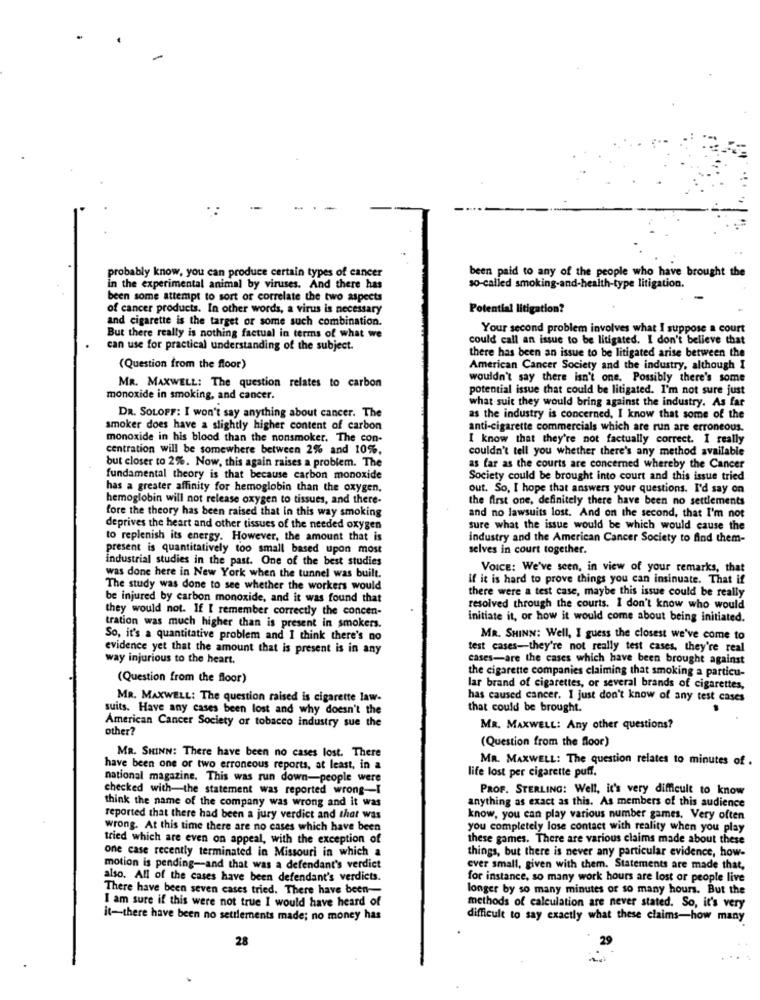
probably know, you can produce certain types of cancer
been paid to any of the people who have brought the
in the experimental animal by viruses. And there has
so-called smoking-and-health-type litigation.
been some attempt to sort of correlate the two aspects
of cancer products. In other words, a virus is necessary
Potential litigation?
and cigarette is the target or some such combination.
Your second problem involves what I suppose a court
But there really is nothing factual in terms of what we
could call an issue to be litigated. I don't believe that
can use for practical understanding of the subject.
there has been an issue to be litigated arise between the
(Question from the floor)
American Cancer Society and the industry, although I
wouldn't say there isn't one. Possibly there's some
MR. MAXWELL: The question relates to carbon
potential issue that could be litigated. I'm not sure just
monoxide in smoking, and cancer.
what suit they would bring against the industry. As far
DR. SOLOPF: I won't say anything about cancer. The
as the industry is concerned, I know that some of the
smoker does have a slightly higher content of carbon
anti-cigarette commercials which are run are erroneous.
monoxide in his blood than the nonsmoker. The con-
I know that they're not factually correct. I really
centration will be somewhere between 2% and 10%.
couldn't tell you whether there's any method available
but closer to 2%. Now, this again raises a problem. The
as far as the courts are concerned whereby the Cancer
fundamental theory is that because carbon monoxide
Society could be brought into court and this issue tried
has a greater affinity for hemoglobin than the oxygen,
out. So, I hope that answers your questions. I'd say on
hemoglobin will not release oxygen to tissues, and there-
the first one, definitely there have been no settlements
fore the theory has been raised that in this way smoking
and no lawsuits lost. And on the second, that I'm not
deprives the heart and other tissues of the needed oxygen
sure what the issue would be which would cause the
to replenish its energy. However, the amount that is
industry and the American Cancer Society to find them-
present is quantitatively too small based upon most
selves in court together.
industrial studies in the past. One of the best studies
VOICE: We've seen, in view of your remarks, that
was done here in New York when the tunnel was built.
If it is hard to prove things you can insinuate. That if
The study was done to see whether the workers would
there were a test case, maybe this issue could be really
be injured by carbon monoxide, and it was found that
they would not. If I remember correctly the concen-
resolved through the courts. I don't know who would
initiate it, or how it would come about being initiated.
tration was much higher than is present in smokers.
So, it's a quantitative problem and I think there's no
MR. SHINN: Well, I guess the closest we've come to
evidence yet that the amount that is present is in any
test cases-they're not really test cases, they're real
way injurious to the heart.
cases-are the cases which have been brought against
the cigarette companies claiming that smoking a particu-
(Question from the floor)
lar brand of cigarettes, or several brands of cigarettes,
MR. MAXWELL: The question raised is cigarette law-
has caused cancer. I just don't know of any test cases
suits. Have any cases been lost and why doesn't the
that could be brought.
American Cancer Society or tobacco industry sue the
other?
MR. MAXWELL: Any other questions?
(Question from the floor)
MR. SHINN: There have been no cases lost. There
MR. MAXWELL: The question relates to minutes of .
have been one or two erroneous reports, at least, in a
national magazine. This was run down-people were
life lost per cigarette puff.
checked with-the statement was reported wrong-I
PROF. STERLING: Well, it's very difficult to know
think the name of the company was wrong and it was
anything as exact as this. As members of this audience
reported that there had been a jury verdict and that was
know, you can play various number games. Very often
wrong. At this time there are no cases which have been
you completely lose contact with reality when you play
tried which are even on appeal, with the exception of
these games. There are various claims made about these
one case recently terminated in Missouri in which a
things, but there is never any particular evidence, how-
motion is pending-and that was a defendant's verdict
ever small, given with them. Statements are made that,
also. All of the cases have been defendant's verdicts.
for instance, so many work hours are lost or people live
There have been seven cases tried. There have been-
longer by so many minutes or so many hours. But the
I am sure if this were not true I would have heard of
methods of calculation are never stated. So, it's very
it-there have been no settlements made; no money has
difficult to say exactly what these claims-how many
28